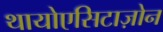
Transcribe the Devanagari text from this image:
थायोएसिटाज़ोन